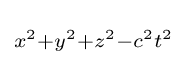
\scriptstyle {x^{2}+y^{2}+z^{2}-c^{2}t^{2}}